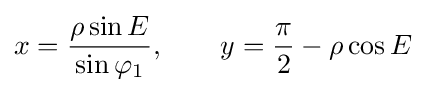
x={\frac {\rho \sin E}{\sin \varphi _{1}}},\qquad y={\frac {\pi }{2}}-\rho \cos E